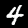
Label: 4